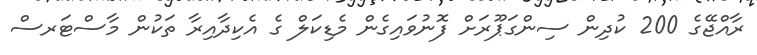
ރާއްޖޭގެ 200 ކުދިން ސިންގަޕޫރަށް ފޮނުވައިގެން މެޑިކަލް ގެ އެކިދާއިރާ ތަކުން މާސްޓަރސް